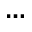
. . .